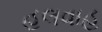
હલવાહ